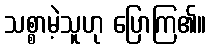
သစ္စာမဲ့သူဟု ပြောကြ၏။